Leaving Certificate Examination, 1911. Written examination, 1911
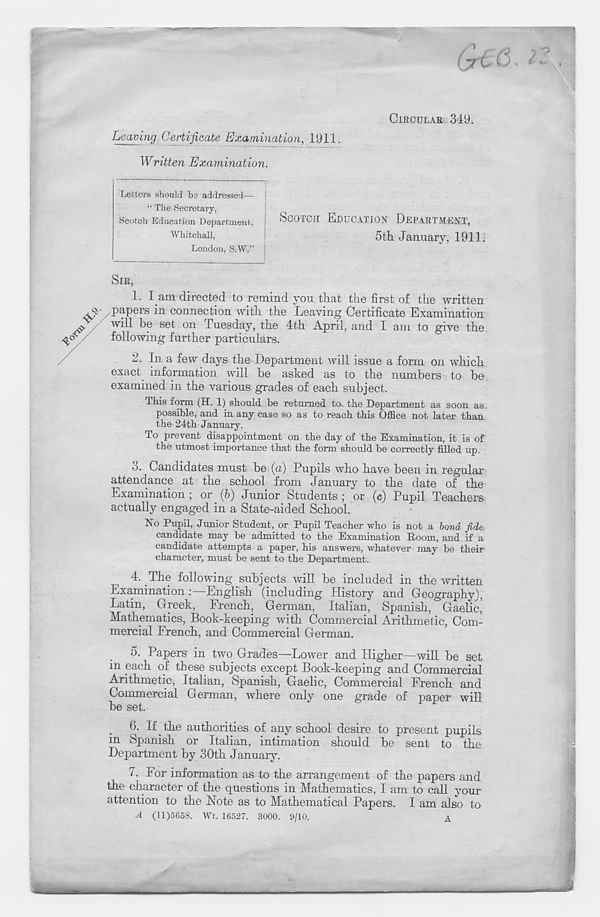
ClROULAE 349.
Leaving Certificate Examination, 1911.
Written Examination.
Letters should bs addressed—• j
“ The Secretary,
Scotch Education Department,
SCOTCH EDUCATION DEPARTMENT,
Whitehall,
5th. January, 1911i
London, S.W.”
SIR,
1. I am directed to remind you that the first of the written
papers in connection with the Leaving Certificate Examination
will be set on Tuesday, the 4th April, and I am to give the
following further particulars.
2. In a few days the Department will issue a form on which
exact information will be asked as to the numbers to be
examined in the various grades of each subject.
This form (H. 1) should be returned to. the Department as soon as
possible, and in any case so as to reach this Office not later than
the 24th January.
To prevent disappointment on the day of the Examination, it is of
the utmost importance that the form should be correctly filled up.
3. Candidates must be (a) Pupils who have been in regular
attendance at the school from January to the date of the
Examination ; or (b) Junior Students ; or (c) Pupil Teachers
actually engaged in a State-aided School.
No Pupil, Junior Student, or Pupil Teacher who is not a bond fide
candidate may be admitted to the Examination Room, and if a
candidate attempts a paper, his answers, whatever may be their
character, must be sent to the Department.
4. The following subjects will be included in the written
Examination :—English (including History and Geography),
Latin, Greek, French, German, Italian, Spanish, Gaelic,
Mathematics, Book-keeping with Commercial Arithmetic, Com-
mercial French, and Commercial German.
5. Papers in two Grades—Lower and Higher—will be set
in each of these subjects except Book-keeping and Commercial
Arithmetic, Italian, Spanish, Gaelic, Commercial French and
Commercial German, where only one grade of paper will
be set.
6. If the authorities of any scbool desire to present pupils
m Spanish or Italian, intimation should be sent to the
Department by 30th January.
7. For information as to the arrangement of the papers and
the character of the questions in Mathematics, I am to call your
attention to the Note as to Mathematical Papers. I am also to
A (11)5658. Wt. 16527. 3000. 9/10.
A